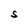
Character: S